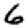
Digit: 6